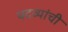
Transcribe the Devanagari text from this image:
पदव्यांची